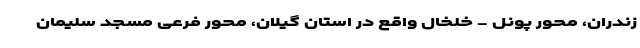
زندران، محور پونل - خلخال واقع در استان گیلان، محور فرعی مسجد سلیمان